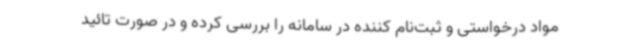
مواد درخواستی و ثبت‌نام کننده در سامانه را بررسی کرده و در صورت تائید